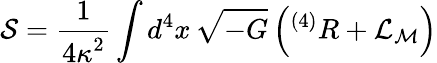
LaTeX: {\cal S}=\frac{1}{{4\kappa}^{2}}\int d^{4}x\, \sqrt{-G}\left({}^{(4)}R+{\cal L}_{\cal M}\right)